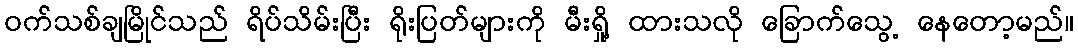
ဝက်သစ်ချမြိုင်သည် ရိပ်သိမ်းပြီး ရိုးပြတ်များကို မီးရှို့ ထားသလို ခြောက်သွေ့ နေတော့မည်။